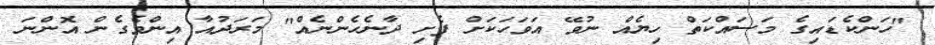
"ހަންކެޑައިގެ މަސައްކަތް ހިޔެއް ނުވޭ އަވަހަކަށް ފެށި ދާނެހެންނެއް" މަރަދުއާ އިންވެގެން އޮންނަ